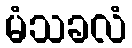
မံသခလံ